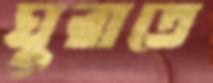
ঘুরাতে